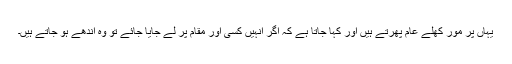
یہاں پر مور کھلے عام پھرتے ہیں اور کہا جاتا ہے کہ اگر انہیں کسی اور مقام پر لے جایا جائے تو وہ اندھے ہو جاتے ہیں۔